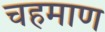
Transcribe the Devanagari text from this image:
चहमाण